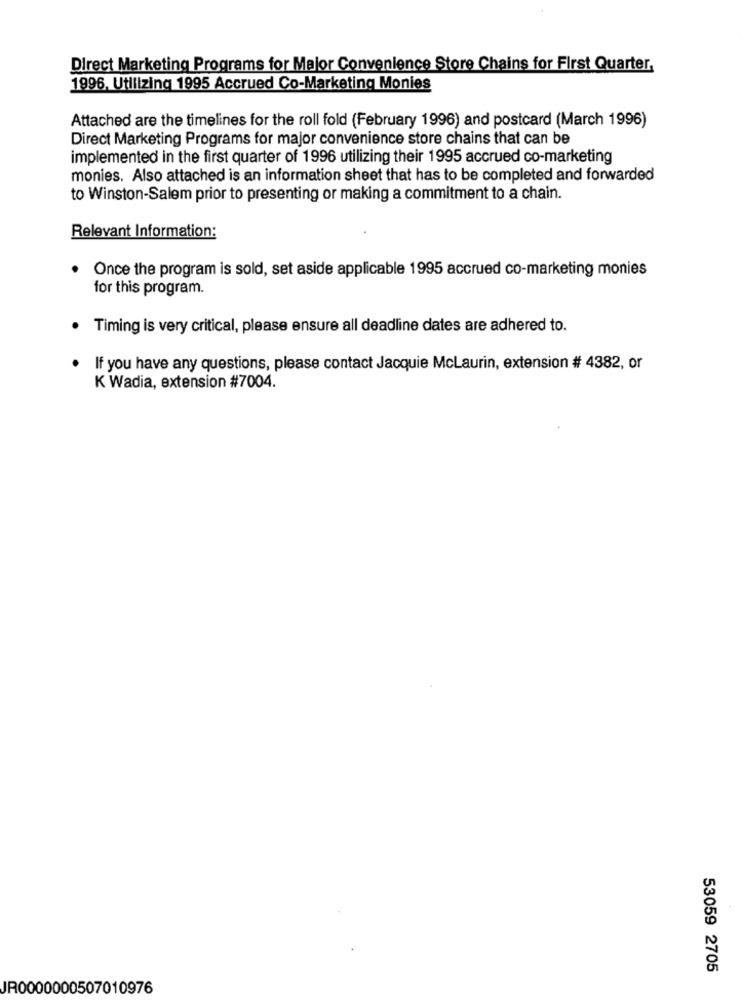
Direct Marketing Programs for Major Convenience Store Chains for First Quarter,
1996. Utilizing 1995 Accrued Co-Marketing Monies
Attached are the timelines for the roll fold (February 1996) and postcard (March 1996)
Direct Marketing Programs for major convenience store chains that can be
implemented in the first quarter of 1996 utilizing their 1995 accrued co-marketing
monies. Also attached is an information sheet that has to be completed and forwarded
to Winston-Salem prior to presenting or making a commitment to a chain.
Relevant Information:
Once the program is sold, set aside applicable 1995 accrued co-marketing monies
for this program.
Timing is very critical, please ensure all deadline dates are adhered to.
If you have any questions, please contact Jacquie McLaurin, extension # 4382, or
K Wadia, extension #7004.
53059 2705
JR0000000507010976